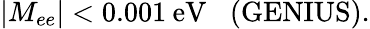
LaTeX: \vert M_{ee}\vert<0.001\: \mathrm{eV}\; \; \; (\mathrm{GENIUS).}